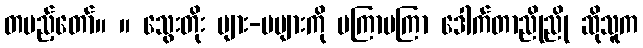
တပည့်တော်။ ။ သွေးတိုး များ-မများကို မကြာမကြာ ဒေါက်တာညိုညို ဆိုသူက